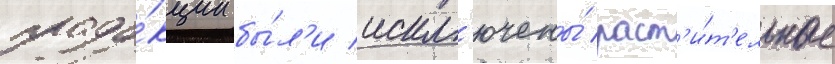
проду́кции бы́л'и искл'ючены́ раст'и́т'ельные